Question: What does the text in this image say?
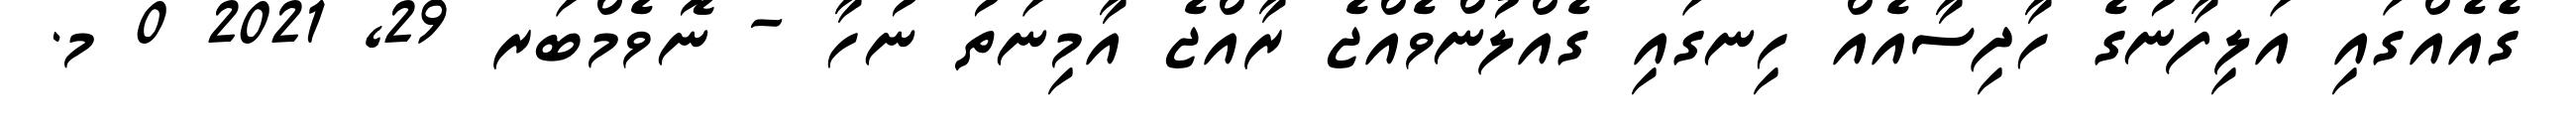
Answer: ގެއެއްގައި އަލިފާނުގެ ހާދިސާއެއް ހިނގައި ގެއްލުންވެއްޖެ ރާއްޖެ އާމިނަތު ނުހާ - ނޮވެމްބަރ 29, 2021 0 މ.